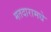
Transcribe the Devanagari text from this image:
मतदारामधे